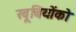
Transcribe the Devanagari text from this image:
खूबियोंको